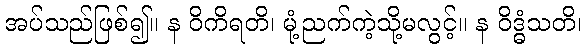
အပ်သည်ဖြစ်၍။ န ဝိကိရတိ၊ မုံ့ညက်ကဲ့သို့မလွင့်။ န ဝိဒ္ဓံသတိ၊